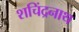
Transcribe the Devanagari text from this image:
शचिंद्रनाथ